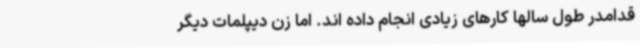
قدامدر طول سالها کارهای زیادی انجام داده اند. اما زن دیپلمات دیگر